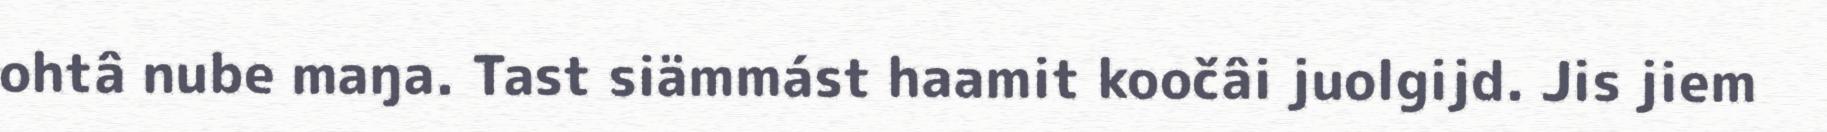
ohtâ nube maŋa. Tast siämmást haamit koočâi juolgijd. Jis jiem